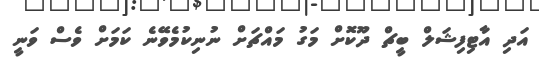
އަދި އާޓިފިޝަލް ބީޗް ދޫކޮށް މަގު މައްޗަށް ނުނިކުމެވޭނެ ކަމަށް ވެސް ވަނީ